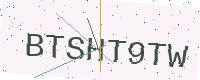
Text: BTSHT9TW